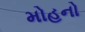
મોહનો